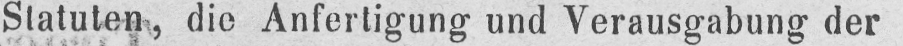
Statuten, die Anfertigung und Verausgabung der